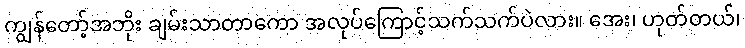
ကျွန်တော့်အဘိုး ချမ်းသာတာကော အလုပ်ကြောင့်သက်သက်ပဲလား။ အေး၊ ဟုတ်တယ်၊